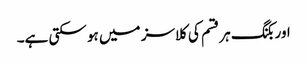
اور بکنگ ہر قسم کی کلاسز میں ہو سکتی ہے۔